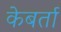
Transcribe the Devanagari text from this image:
केबर्ता